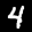
Label: 4